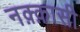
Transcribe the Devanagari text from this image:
नक़्क़ासी